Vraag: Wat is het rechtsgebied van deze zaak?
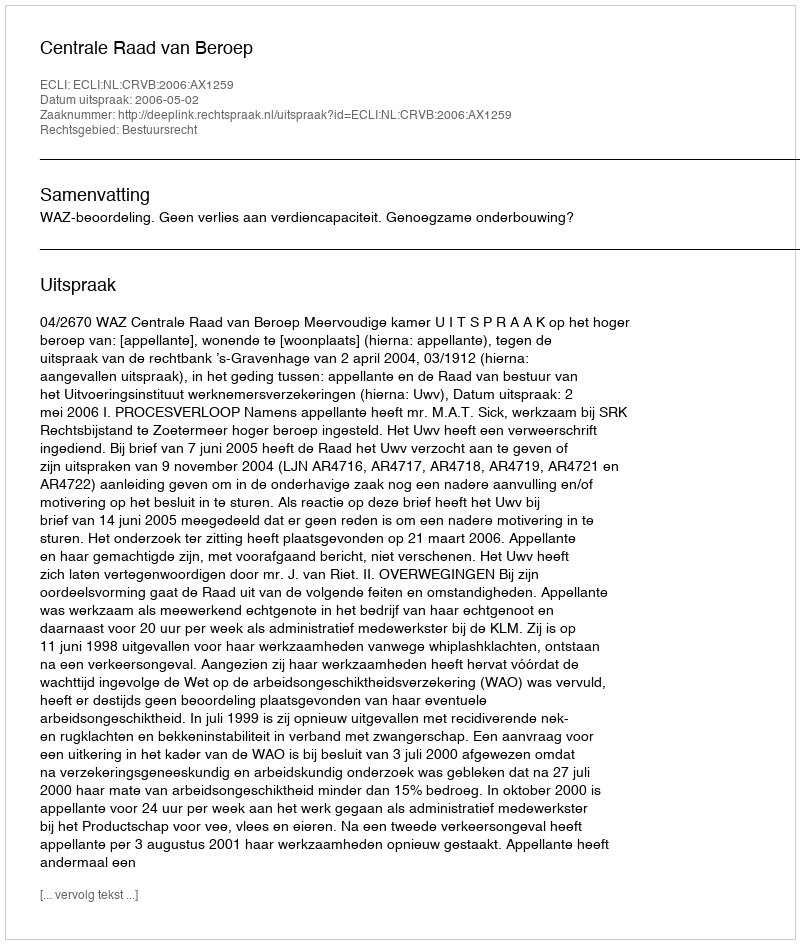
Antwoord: Bestuursrecht